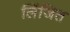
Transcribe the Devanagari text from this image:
लिंजित